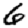
Digit: 6